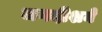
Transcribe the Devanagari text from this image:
जगदीशने